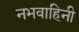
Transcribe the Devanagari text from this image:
नभवाहिनी